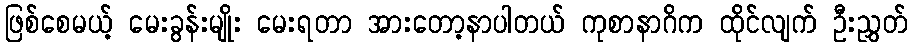
ဖြစ်စေမယ့် မေးခွန်းမျိုး မေးရတာ အားတော့နာပါတယ် ကုစာနာဂိက ထိုင်လျက် ဦးညွှတ်